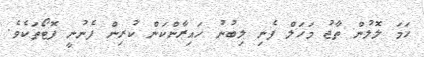
ހަމަ ލޮލުން ތާޖު މަހަލް ފެނި ލިބުނު ހައިރާންކަން ކުރިން ފެނުނީ ފޮޓޯތަކެވެ.